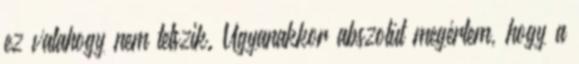
ez valahogy nem tetszik. Ugyanakkor abszolút megértem, hogy a